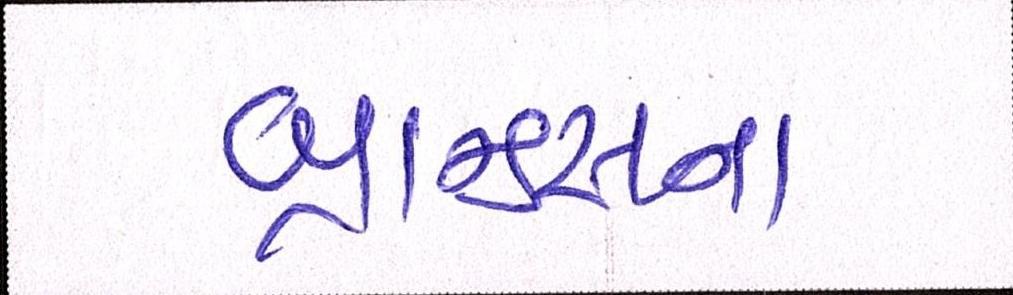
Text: બ્રાન્ડ્સના